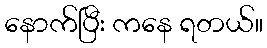
နောက်ပြီး ကနေ ရတယ်။